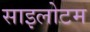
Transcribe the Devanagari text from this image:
साइलोटम